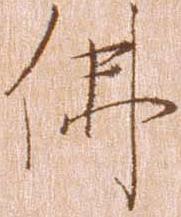
仏